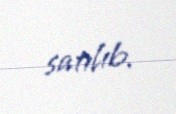
satılıb.